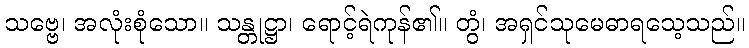
သဗ္ဗေ၊ အလုံးစုံသော။ သန္တုဋ္ဌာ၊ ရောင့်ရဲကုန်၏။ တွံ၊ အရှင်သုမေဓာရသေ့သည်။